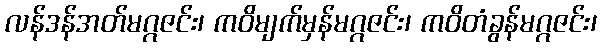
လန်ဒန်အတ်မဂ္ဂဇင်း၊ ကဝိမျက်မှန်မဂ္ဂဇင်း၊ ကဝိတံခွန်မဂ္ဂဇင်း၊